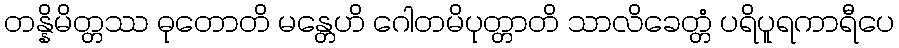
တန္နိမိတ္တဿ ဓုတောတိ မန္တေဟိ ဂေါတမိပုတ္တာတိ သာလိခေတ္တံ ပရိပူရကာရီပေ